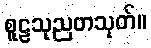
စူဠသုညတသုတ်။